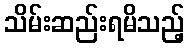
သိမ်းဆည်းရမိသည့်